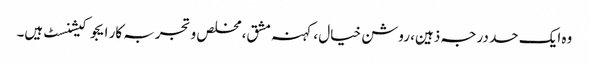
وہ ایک حد درجہ ذہین، روشن خیال ، کہنہ مشق، مخلص و تجربہ کار ایجوکیشنسٹ ہیں۔